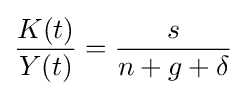
{\frac {K(t)}{Y(t)}}={\frac {s}{n+g+\delta }}